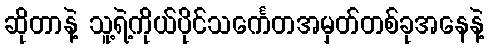
ဆိုတာနဲ့ သူ့ရဲ့ကိုယ်ပိုင်သင်္ကေတအမှတ်တစ်ခုအနေနဲ့